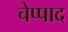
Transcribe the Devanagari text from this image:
चेप्पाद